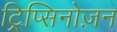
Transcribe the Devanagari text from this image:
ट्रिप्सिनोज़न